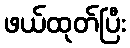
ဖယ်ထုတ်ပြီး